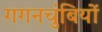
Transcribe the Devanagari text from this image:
गगनचुंबियों